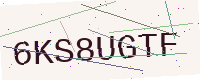
Text: 6KS8UGTF